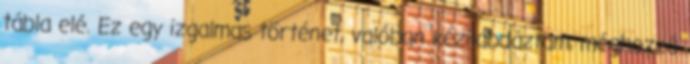
tábla elé. Ez egy izgalmas történet, valóban kézilabdáztam, méghozzá